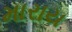
મારાય